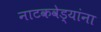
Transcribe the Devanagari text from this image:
नाटकवेड्यांना